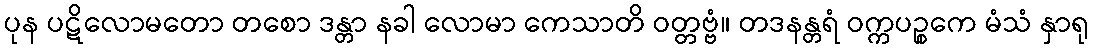
ပုန ပဋိလောမတော တစော ဒန္တာ နခါ လောမာ ကေသာတိ ဝတ္တဗ္ဗံ။ တဒနန္တရံ ဝက္ကပဉ္စကေ မံသံ နှာရု